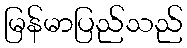
မြန်မာပြည်သည်